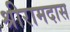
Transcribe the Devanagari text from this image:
श्रीरामदास